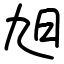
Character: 旭